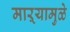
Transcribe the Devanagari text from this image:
माऱ्यामुळे